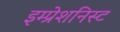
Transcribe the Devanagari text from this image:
इम्प्रेशनिस्ट